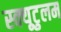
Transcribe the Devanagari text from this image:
स्क्यूटुलम